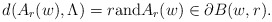
\begin{align*} d(A_r(w),\Lambda) = r \textrm{and} A_r(w) \in \partial B(w,r).\end{align*}